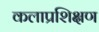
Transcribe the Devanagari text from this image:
कलाप्रशिक्षण